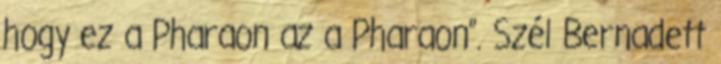
hogy ez a Pharaon az a Pharaon”. Szél Bernadett